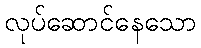
လုပ်ဆောင်နေသော